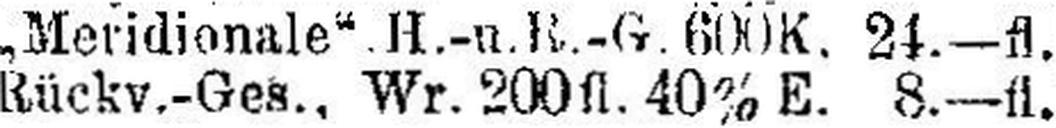
Rückv.-Ges., Wr. 200fl. 40% E. 8.—fl.